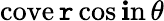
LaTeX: \operatorname{cove\mathtt{r}cos\mathbf{i}n}\theta